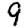
Digit: 9